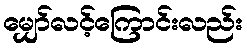
မျှော်လင့်ကြောင်းလည်း